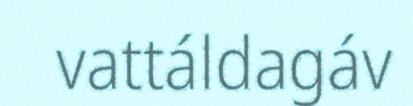
vattáldagáv